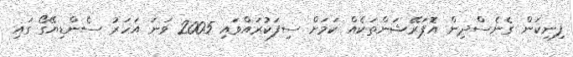
ފިނިކަން ގެނެސްދިން އޮޕަރޭޝަންތަކެއް ކަމަށް ސިފަކުރައްވައި 2005 ވަނަ އަހަރު ސެންޑިޔޭގޯ ގައި